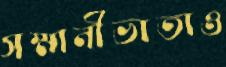
সম্মানীভাতাও